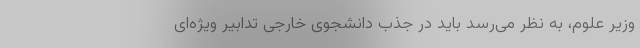
وزیر علوم، به نظر می‌رسد باید در جذب دانشجوی خارجی تدابیر ویژه‌ای